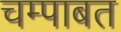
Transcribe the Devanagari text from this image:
चम्पाबत